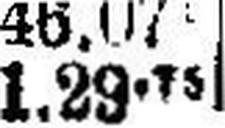
1.29•75